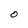
Character: O